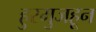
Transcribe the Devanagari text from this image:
हुरमुजहून